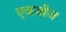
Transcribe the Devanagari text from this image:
एकबीज